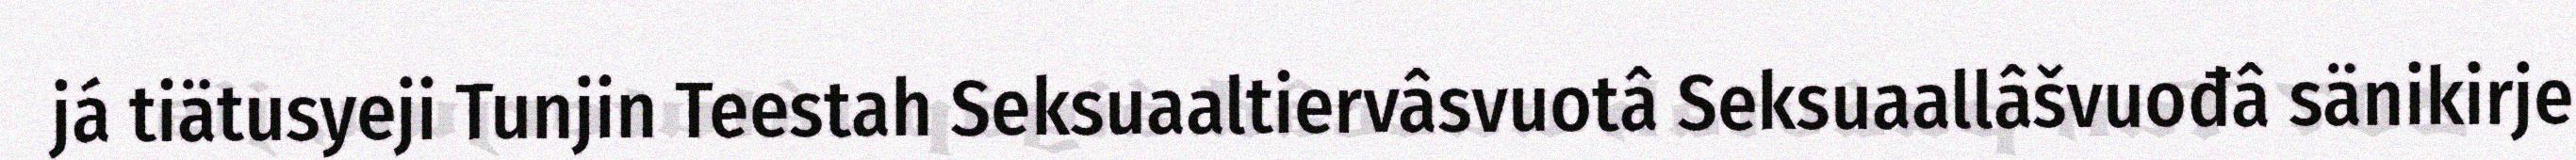
já tiätusyeji Tunjin Teestah Seksuaaltiervâsvuotâ Seksuaallâšvuođâ sänikirje